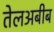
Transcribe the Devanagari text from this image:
तेलअबीब